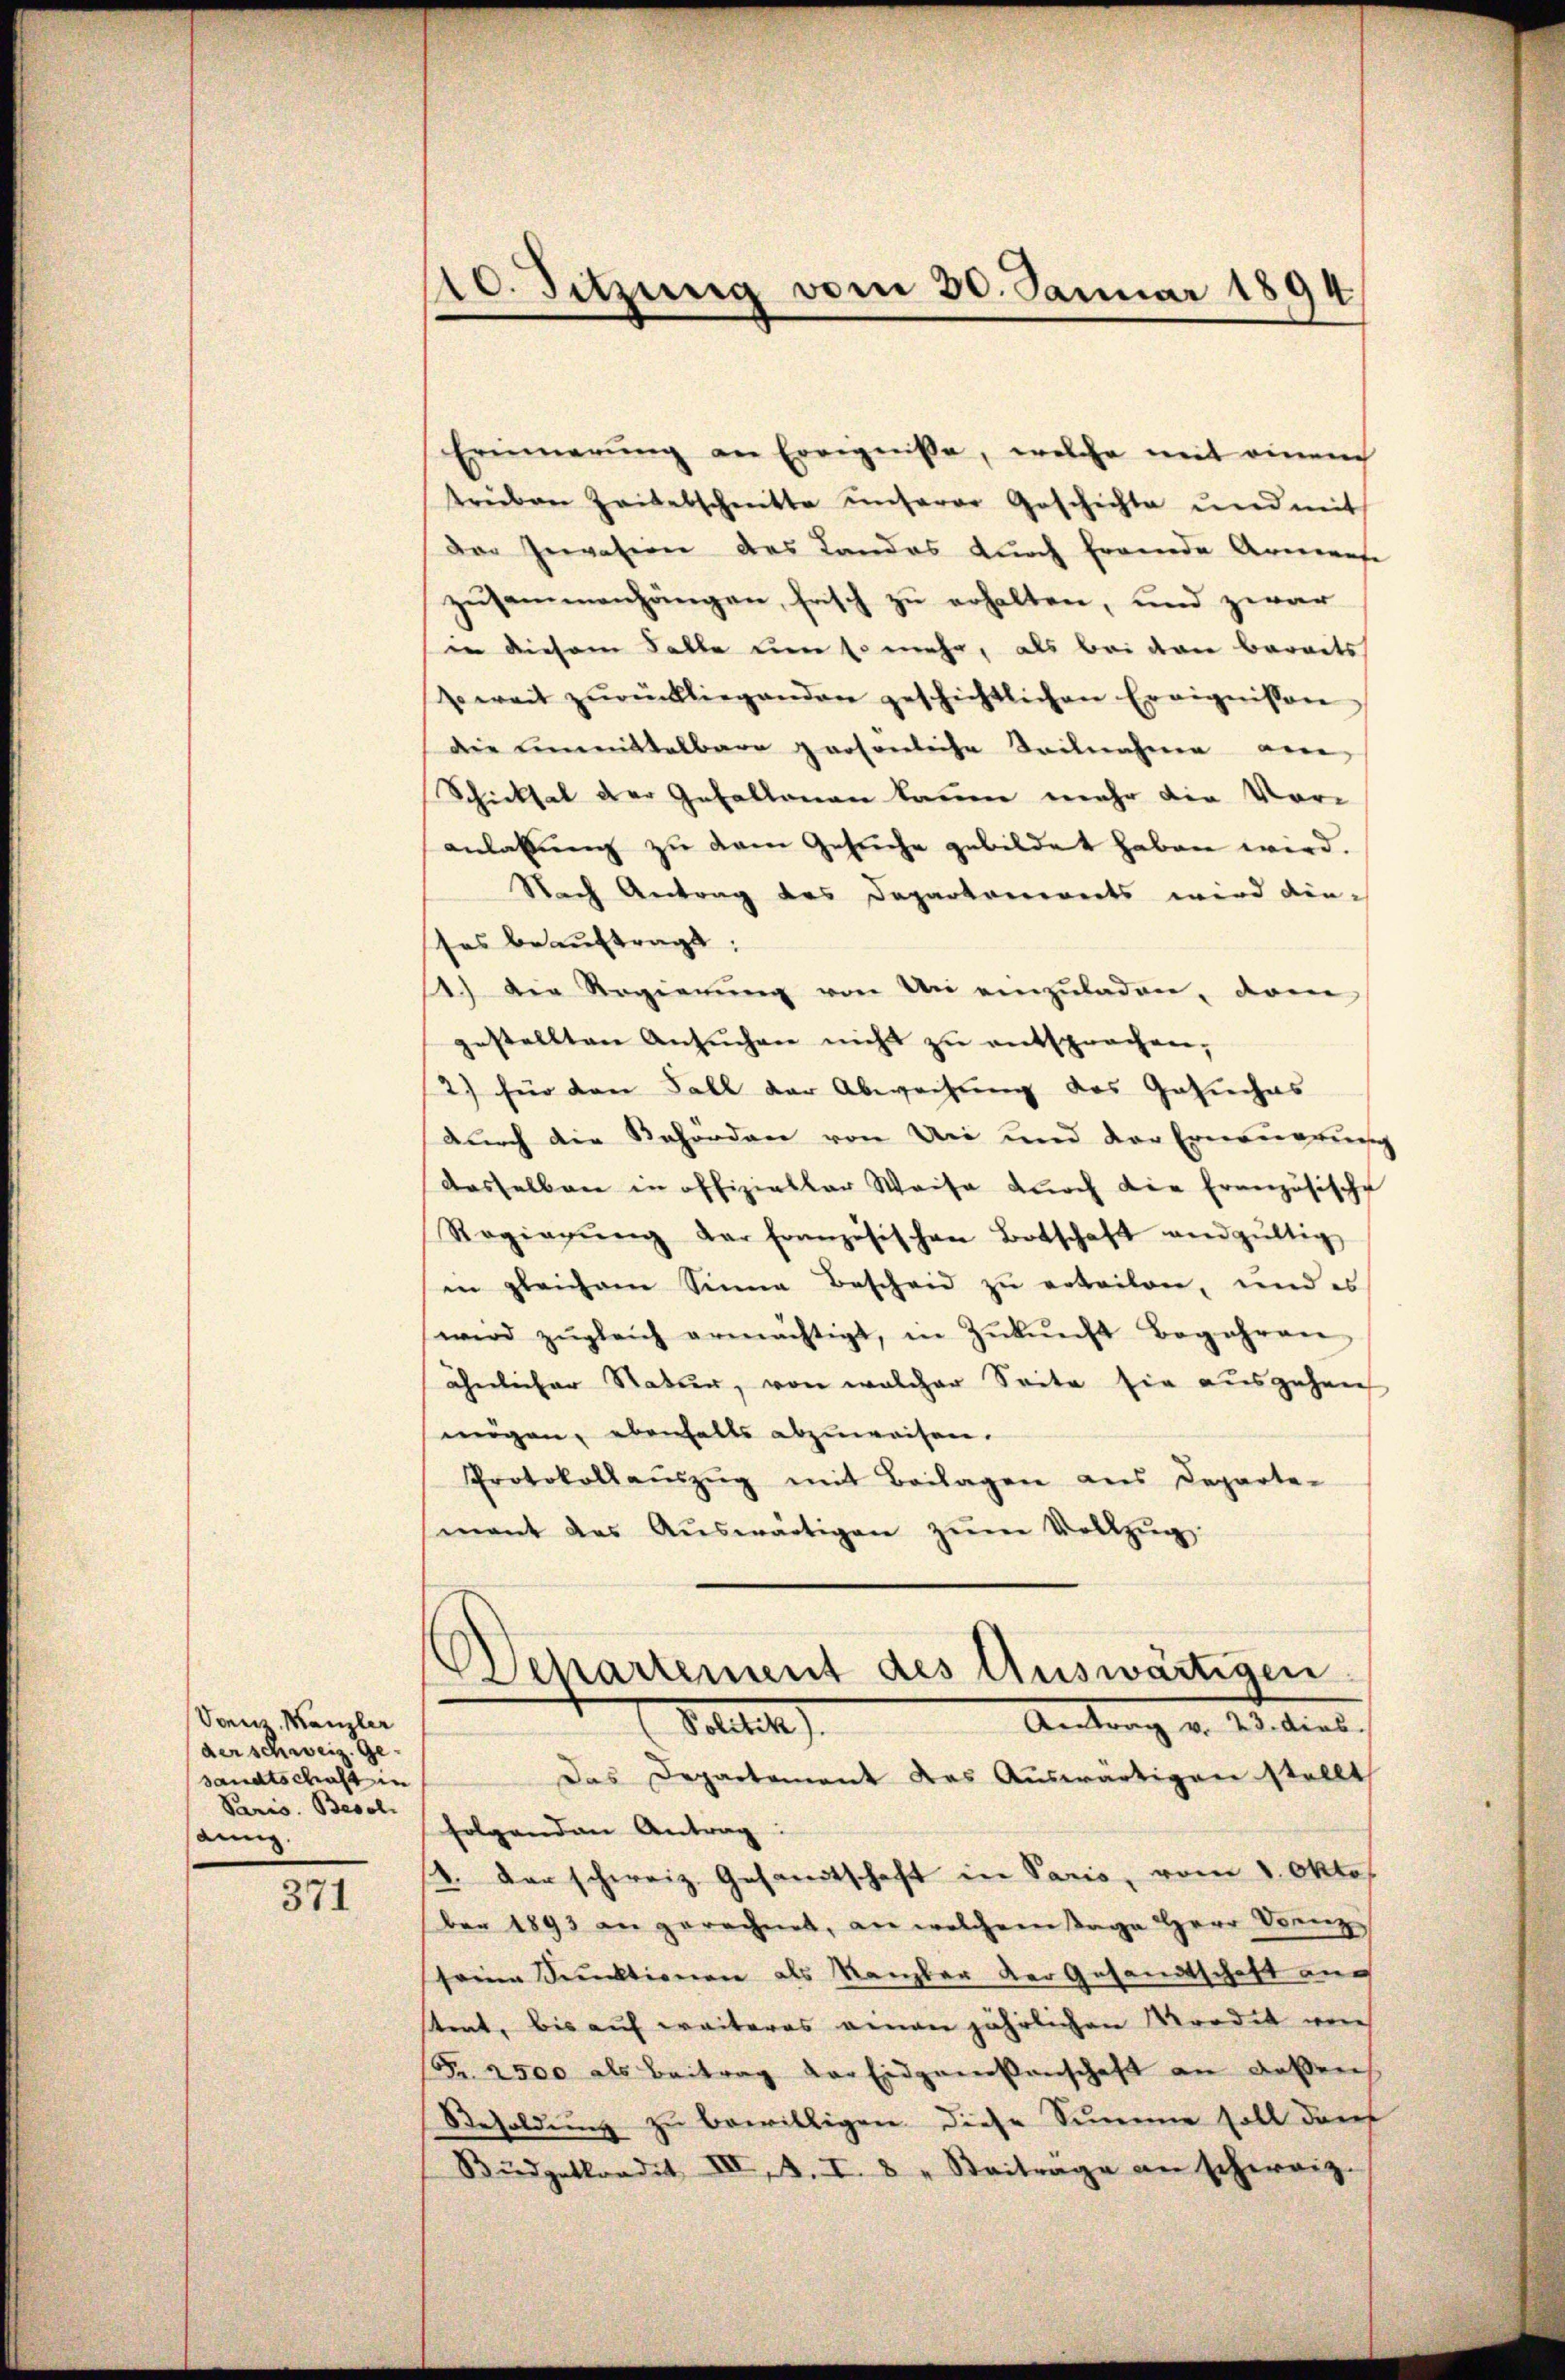
Vonz, Kanzler
der schweiz. Gesandtschaft in
Paris. Besol
sämig.

371

10. Sitzung vom 30. Januar 1894

Erinnerŭng an Ereigniße, welche mit einem
treiben Zaibelschnitte unserer Geschichte und mit
der Gewasien des Landas durch fremde Armense
zusammenhängen, frisch zu erhalten, und zwar
in diesem Falle um so mehr, als bei den bereits
Eweit zŭrückliegenden geschichtlichen Ereignissen
die unmittelbare persönliche Seilnahme am
Schicksal der Gefallenen kamen mehr die Vor-
anlaßung zu dem Gesuche gebildet haben wird.
Nach Antrag des Departanereits wird dieses beauftragt.
1) Die Regierŭng von An einzŭladen, dam
gestellten Ansŭchen nicht zu entsprochen,
2) für den Fall der Abweisung des Gesuches
durch die Reforden von Uri und der Erneuerung
dasselben in offizieller Weise durch die französische
Regierŭng der Französischen Botschaft and gültig
in gleichem Sinne Bescheid zu erteilen, und es
wird zŭgleich ermächtigt, in Zŭkŭnft Begehren
ähnlicher Natur, von welcher Seite sie ausgehen
mögen, ebenfalls abzuweisen.
Protokollaŭszŭg mit Beilagen aus Departe-
mant des Aŭswärtigen zŭm Vollzŭg
Departement des Auswärtigen
Antrag v. 23. dies
(Seitete
Das Departement das Auswärtigen stellt
folgenden Antrag:
4. Der schweiz. Gesamtschaft in Paris, vom 1. Okto
ber 1893 an gerechnet, an welchem Tage Herr Denz
seine Sektionen als Kanzler der Gesandtschaft aus
strat, bis auf weiteres einen jährlichen Mordet wor
Fr. 2500 als Beitrag der Eidgenossenschaft an dassens
Besoldung zu bewilligen. Diese Summe soll darf
Büdgetkondit III. A. I. 8 „Beitrage an schweiz.